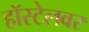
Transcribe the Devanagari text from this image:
हॉस्टेलवर